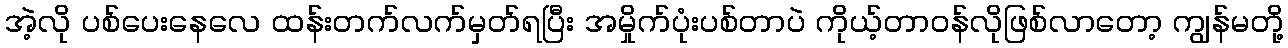
အဲ့လို ပစ်ပေးနေလေ ထန်းတက်လက်မှတ်ရပြီး အမှိုက်ပုံးပစ်တာပဲ ကိုယ့်တာဝန်လိုဖြစ်လာတော့ ကျွန်မတို့